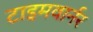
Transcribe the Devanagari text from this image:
टाइमवार्नर